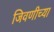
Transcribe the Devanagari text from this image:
जिवणीच्या